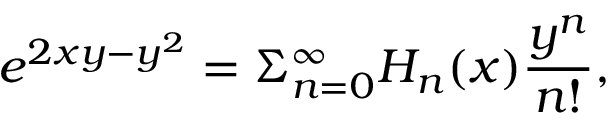
e ^ { 2 x y - y ^ { 2 } } = \Sigma _ { n = 0 } ^ { \infty } H _ { n } ( x ) \frac { y ^ { n } } { n ! } ,